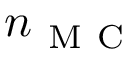
n _ { \mathrm { ~ M ~ C ~ } }